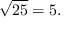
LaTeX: { \sqrt { 2 5 } } = 5 .